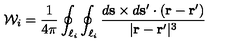
{ \cal W } _ { i } = \frac { 1 } { 4 \pi } \oint _ { \ell _ { i } } \oint _ { \ell _ { i } } \frac { d { \bf s } \times d { \bf s } ^ { \prime } \cdot ( { \bf r } - { \bf r } ^ { \prime } ) } { | { \bf r } - { \bf r } ^ { \prime } | ^ { 3 } }